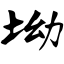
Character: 坳